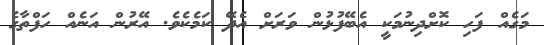
މަގެއް ފަހި ކޮށްދިނުމަކީ އެބޭފުޅުން ވަރަށް އެދޭ ކަމެކެވެ. އޭރުން އަނެއް ހަފްތާގެ